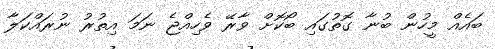
ބައެއް މީހުން ބުނާ ގޮތުގައި ބޯކޮށް ވާރޭ ވެހިއްޖެ ނަމަ އިތުރު ނުރައްކަލާ